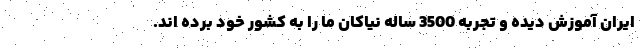
ایران آموزش دیده و تجربه 3500 ساله نیاکان ما را به کشور خود برده اند.